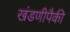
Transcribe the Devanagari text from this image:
खंडणीपैकी